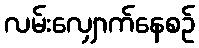
လမ်းလျှောက်နေစဉ်